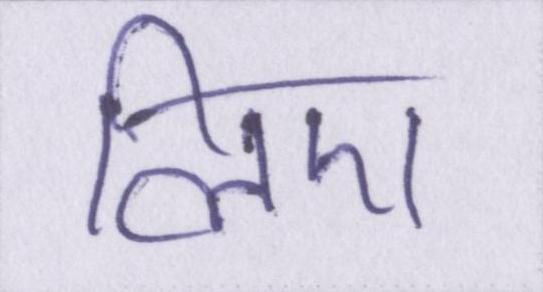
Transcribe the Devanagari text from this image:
लिए